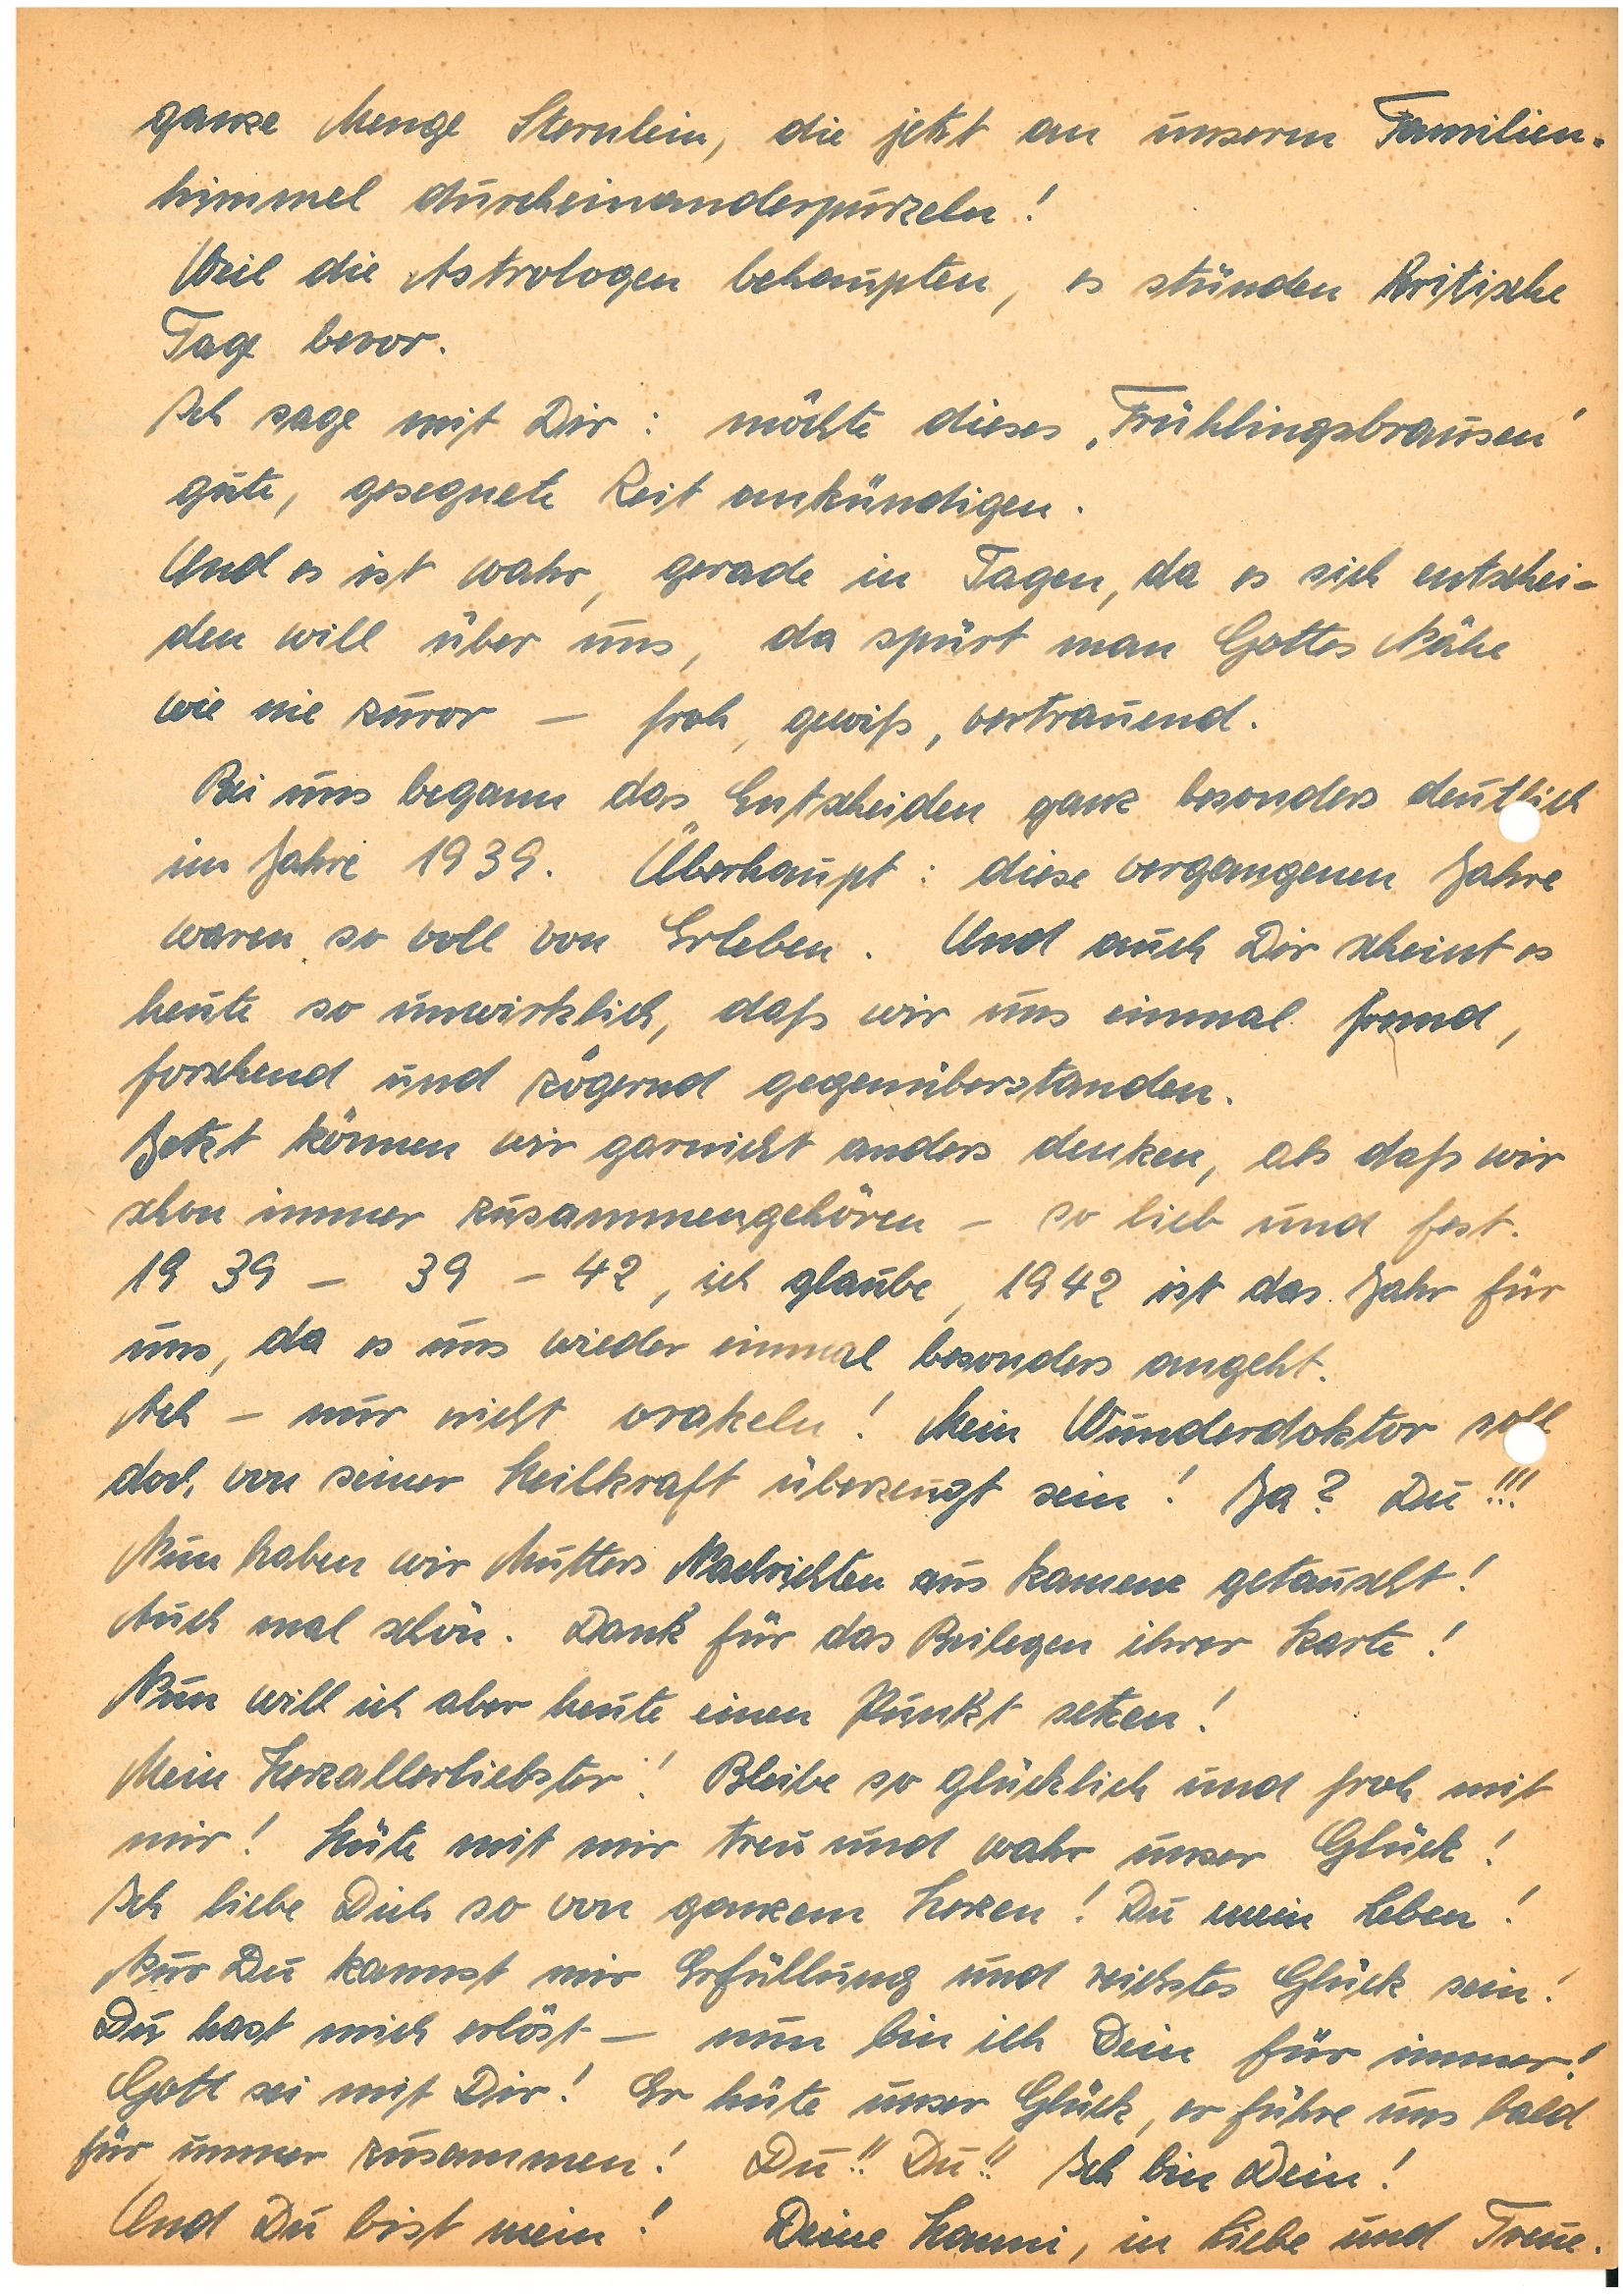
ganze Menge Sternlein, die jetzt an unsern Familien¬
himmel durcheinanderpurzeln!
Weil die Astrologen behaupten, es stünden kritische
Tage bevor.
Ich sage mit Dir: möchte dieses ‚Frühlingsbrausen’
gute, gesegnete Zeit ankündigen.
Und es ist wahr, gerade in Tagen, da es sich entschei¬
den will über uns, da spürt man Gottes Nähe
wie nie zuvor – froh, gewiß, vertrauend.
Bei uns begann das Entscheiden ganz besonders deutlich
im Jahre 1939. Überhaupt: diese vergangenen Jahre
waren so voll von Erleben. Und auch Dir scheint es
heute so unwirklich, daß wir uns einmal fremd,
forschend und zögernd gegenüberstanden.
Jetzt können wir garnicht anders denken, als daß wir
schon immer zusammengehören – so lieb und fest.
19 39 – 39 – 42, ich glaube, 1942 ist das Jahr für
uns, da es uns wieder einmal besonders angeht.
Ach – nur nicht orakeln! Mein Wunderdoktor soll
doch von seiner Heilkraft überzeugt sein! Ja? Du!!!
Nun haben wir Mutters Nachtrichten aus K. getauscht!
Auch mal schön. Dank für das Beilegen ihrer Karte!
Nun will ich aber heute einen Punkt setzen!
Mein Herzallerliebster! Bleibe so glücklich und froh mit
mir! Hüte mit mir treu und wahr unser Glück!
Ich liebe Dich so von ganzem Herzen! Du mein Leben!
Nur Du kannst mir Erfüllung und reichstes Glück sein!
Du hast mich erlöst – nun bin ich Dein für immer!
Gott sei mit Dir! Er hüte unser Glück, er führe uns bald
für immer zusammen! Du!! Du!! Ich bin Dein!
Und Du bist mein! Deine , in Liebe und Treue.